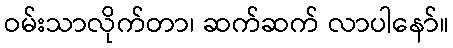
ဝမ်းသာလိုက်တာ၊ ဆက်ဆက် လာပါနော်။